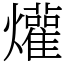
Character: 爟